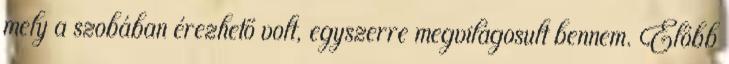
mely a szobában érezhető volt, egyszerre megvilágosult bennem. Előbb